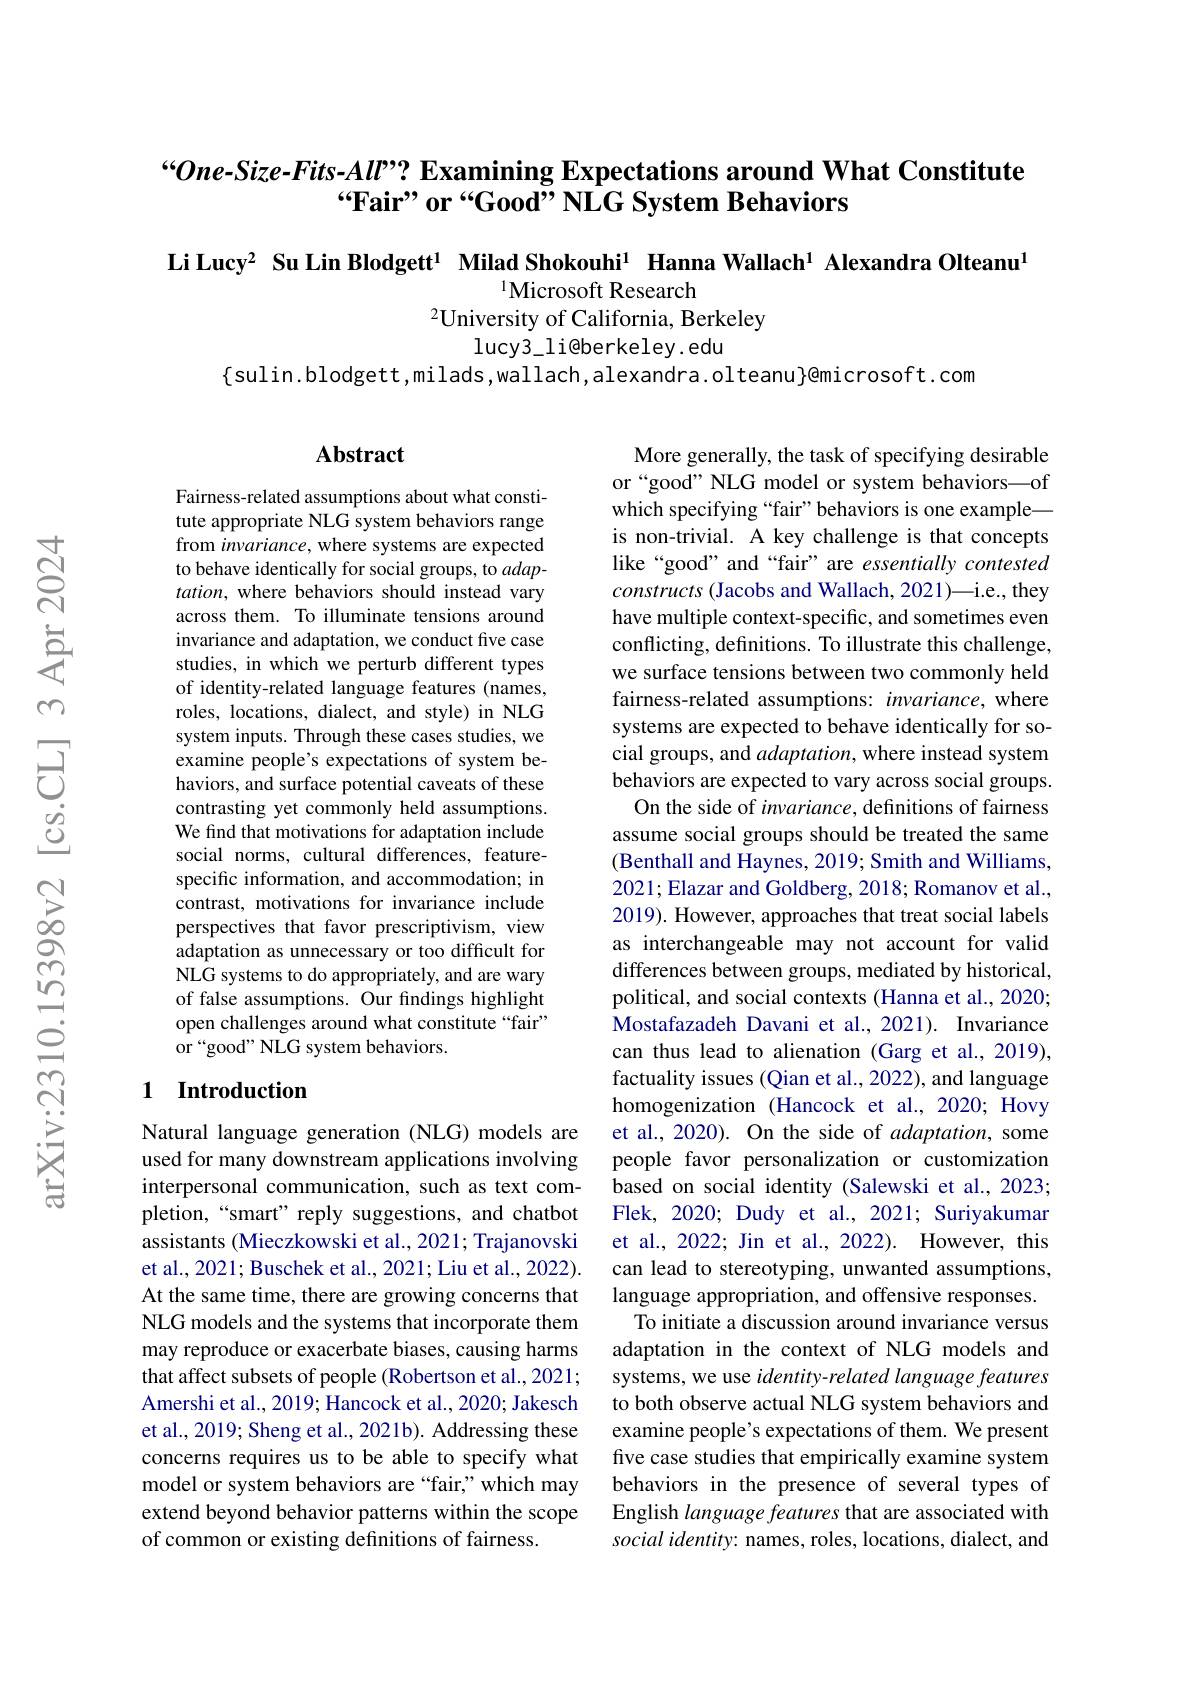
# “One-Size-Fits-Al"? Examining Expectations around What Constitute “Fair” or“Good” NLG System Behaviors

Li Lucy$^{2}$ Su Lin Blodgett$^{1}$ Milad Shokouhi$^{1}$ Hanna Wallach$^{1}$ Alexandra Olteanu$^{[\text{bristis}]}$

1Microsoft Research
$^{2}$University of California, Berkeley
lucy3\_li@berkeley. edu

$\{$sulin.blodgett,milads,wallach,alexandra.olteanu}@microsoft.com

## Abstract

Fairness-related assumptions about what constitute appropriate NLG system behaviors range from invariance, where systems are expected to behave identically for social groups, to $adap-$ tation, where behaviors should instead vary across them. To illuminate tensions around invariance and adaptation, we conduct five case studies, in which we perturb different types of identity-related language features (names, roles, locations, dialect, and style) in NLG system inputs. Through these cases studies, we examine people's expectations of system behaviors, and surface potential caveats of these contrasting yet commonly held assumptions. We find that motivations for adaptation include social norms, cultural differences, featurespecific information, and accommodation; in contrast, motivations for invariance include perspectives that favor prescriptivism, view adaptation as unnecessary or too difficult for NLG systems to do appropriately, and are wary of false assumptions. Our findings highlight open challenges around what constitute “fair” or “good” NLG system behaviors.

## 1 Introduction

Natural language generation (NLG) models are used for many downstream applications involving interpersonal communication, such as text completion,“smart” reply suggestions, and chatbot assistants (Mieczkowski et al., 2021; Trajanovski et al., 2021; Buschek et al., 2021; Liu et al., 2022). At the same time, there are growing concerns that NLG models and the systems that incorporate them may reproduce or exacerbate biases, causing harms that affect subsets of people (Robertson et al., 2021; Amershi et al., 2019; Hancock et al., 2020; Jakesch et al., 2019; Sheng et al., 2021b). Addressing these concerns requires us to be able to specify what model or system behaviors are“fair,”which may extend beyond behavior patterns within the scope of common or existing definitions of fairness.

More generally, the task of specifying desirable or“good” NLG model or system behaviors—of which specifying “fair”behaviors is one example— is non-trivial. A key challenge is that concepts like“good” and“fair” are essentially contested $constructs($Jacobs and Wallach, 2021)—i.e., they have multiple context-specific, and sometimes even conflicting, definitions. To illustrate this challenge, we surface tensions between two commonly held fairness-related assumptions: invariance, where systems are expected to behave identically for social groups, and adaptation, where instead system behaviors are expected to vary across social groups.
On the side of invariance, definitions of fairness assume social groups should be treated the same (Benthall and Haynes, 2019; Smith and Williams, 2021;Elazar and Goldberg, 2018; Romanov et al., 2019). However, approaches that treat social labels as interchangeable may not account for valid differences between groups, mediated by historical, political, and social contexts (Hanna et al., 2020; Mostafazadeh Davani et al.,2021). Invariance can thus lead to alienation (Garg et al., 2019), factuality issues (Qian et al., 2022), and language homogenization (Hancock et al., 2020; Hovy et al., 2020). On the side of adaptation, some people favor personalization or customization based on social identity (Salewski et al., 2023; Flek, 2020; Dudy et al., 2021; Suriyakumar et al., 2022; Jin et al., 2022). However, this can lead to stereotyping, unwanted assumptions, language appropriation, and offensive responses.
To initiate a discussion around invariance versus adaptation in the context of NLG models and systems, we use identity- related language features to both observe actual NLG system behaviors and examine people's expectations of them. We present five case studies that empirically examine system behaviors in the presence of several types of English language features that are associated with $socialidentity:$ names, roles, locations, dialect, and